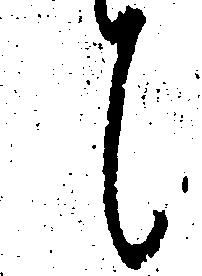
候